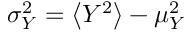
\sigma _ { Y } ^ { 2 } = \big < Y ^ { 2 } \big > - \mu _ { Y } ^ { 2 }